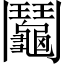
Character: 鬮